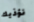
نؤذيك